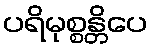
ပရိမုစ္စန္တိပေ